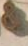
&